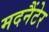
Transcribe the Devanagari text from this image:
मदनैंटेर